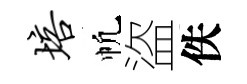
培帆盜佚